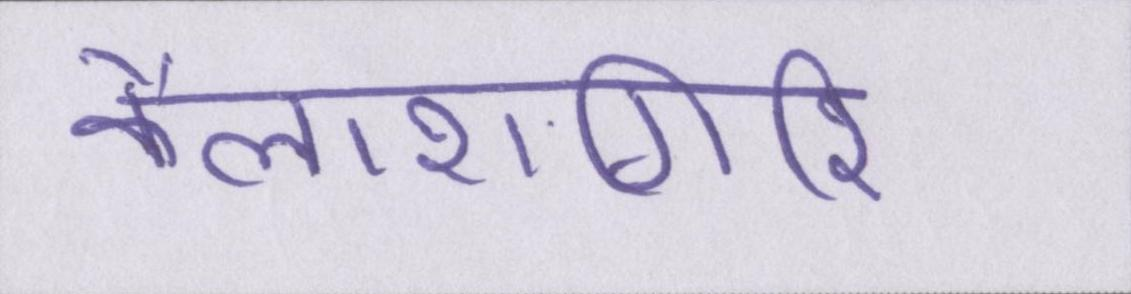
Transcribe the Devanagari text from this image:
कैलाशगिरि